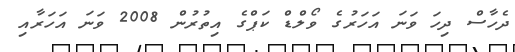
ދެހާސް ދިހަ ވަނަ އަހަރުގެ ވޯލްޑް ކަޕްގެ އިތުރުން 2008 ވަނަ އަހަރާއި